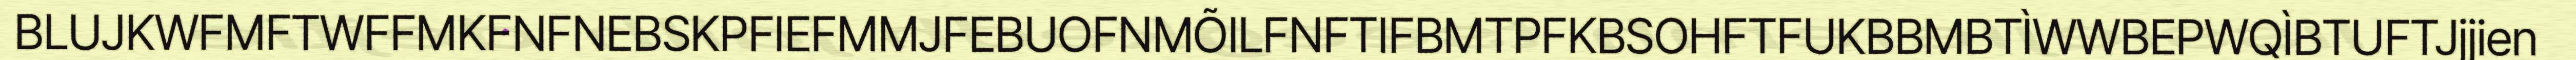
BLUJKWFMFTWFFMKFNFNEBSKPFIEFMMJFEBUOFNMÕILFNFTIFBMTPFKBSOHFTFUKBBMBTÌWWBEPWQÌBTUFTJjjien